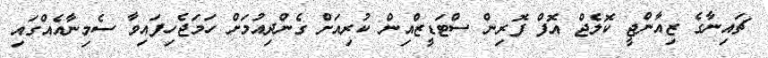
ޗައިނާގެ ޒިއާންޖީ ކޮލެޖް އޮފް ފޮރިން ސްޓަޑީޒްއިން ކުރިއަށް ގެންދިއުމަށް ހަމަޖެހިފައިވާ ސެމިނާއެއްގައި